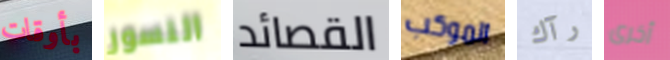
بأوقات النسور القصائد الموكب رآك أخرى